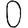
Digit: 0